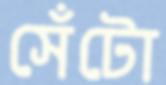
সেঁটো